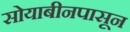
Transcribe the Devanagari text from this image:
सोयाबीनपासून